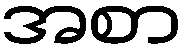
အစာ